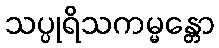
သပ္ပုရိသကမ္မန္တော